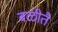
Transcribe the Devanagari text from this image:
बळीतै